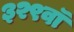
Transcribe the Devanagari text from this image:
३२९वॉ